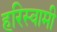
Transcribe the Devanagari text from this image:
हरिस्वामी